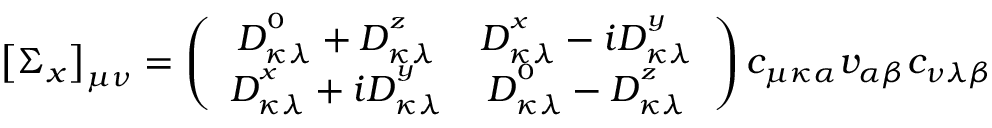
\left[ \Sigma _ { x } \right] _ { \mu \nu } = \left( \begin{array} { c c } { D _ { \kappa \lambda } ^ { ^ 0 } + D _ { \kappa \lambda } ^ { ^ z } } & { D _ { \kappa \lambda } ^ { ^ x } - i D _ { \kappa \lambda } ^ { ^ y } } \\ { D _ { \kappa \lambda } ^ { ^ x } + i D _ { \kappa \lambda } ^ { ^ y } } & { D _ { \kappa \lambda } ^ { ^ 0 } - D _ { \kappa \lambda } ^ { ^ z } } \end{array} \right) c _ { \mu \kappa \alpha } v _ { \alpha \beta } c _ { \nu \lambda \beta }